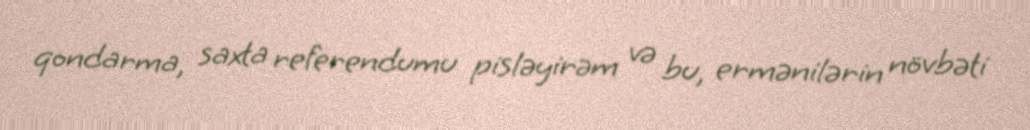
qondarma, saxta referendumu pisləyirəm və bu, ermənilərin növbəti